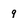
Character: 9